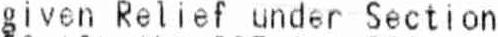
GIVEN RELIEF UNDER SECTION